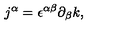
j ^ { \alpha } = { \epsilon } ^ { \alpha \beta } { \partial } _ { \beta } k ,